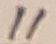
Text: 11